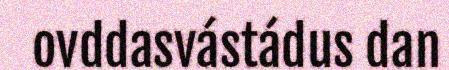
ovddasvástádus dan